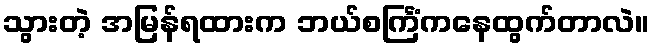
သွားတဲ့ အမြန်ရထားက ဘယ်စင်္ကြံကနေထွက်တာလဲ။